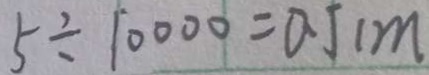
5 \div 1 0 0 0 0 = 0 . 5 m